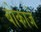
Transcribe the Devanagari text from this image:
बोकाजे